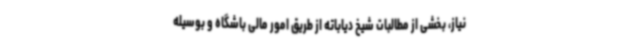
نیاز، بخشی از مطالبات شیخ دیاباته از طریق امور مالی باشگاه و بوسیله